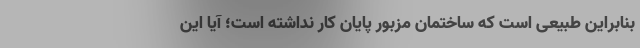
بنابراین طبیعی است که ساختمان مزبور پایان کار نداشته است؛ آیا این